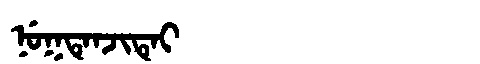
Manchu: ᠨᡠᡴᡨᡝᠨᠵᡳᡨᡝᡳ
Romanization: NUKTENJITEI